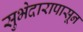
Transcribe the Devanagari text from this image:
सुभेदारापासून